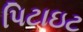
પિટાઇટ